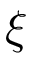
\xi